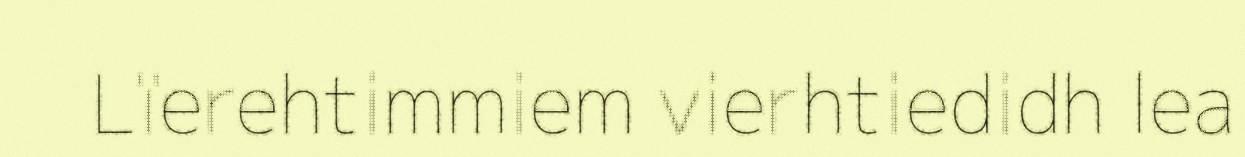
Lïerehtimmiem vierhtiedidh lea